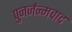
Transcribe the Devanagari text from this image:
पुनर्जन्मवाद